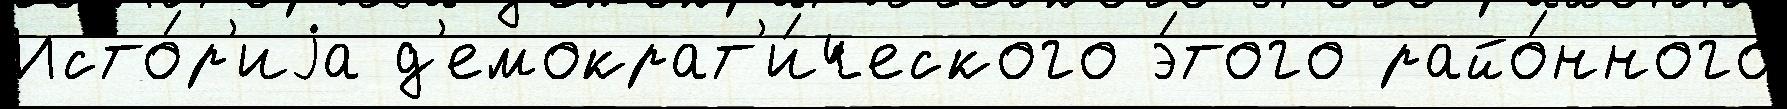
Исто́р'иjа д'емократ'и́ческого э́того райо́нного